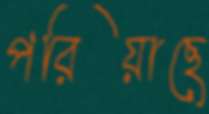
পরিয়াছে